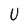
Character: U